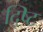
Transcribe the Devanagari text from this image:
द्ष्टि